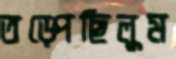
তড়্‌পেছিলুম